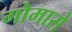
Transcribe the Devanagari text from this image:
गोमासे